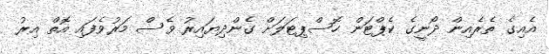
އެއިގެ ތެރެއިން ދޯނީގެ ކެޕްޓަން ހޮސްޕިޓަލަށް ގެންދިޔައިރު ވެސް މަރުވެފައި އޮތް އިރު